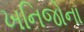
ખનિજોના